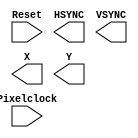
`timescale 1ns / 1ps
//////////////////////////////////////////////////////////////////////////////////
// Company: University of Patras
// 
// Module Name:    SYNC_Provider 
// Project Name: iTalos
//
//////////////////////////////////////////////////////////////////////////////////
module SYNC_Provider(
    input Pixelclock,
    input Reset,
    output HSYNC,
    output VSYNC,
    output reg [9:0] X,
    output reg [8:0] Y
    );
	 
	 parameter HorizontalFrontPorch = 16; 
	 parameter HSYNCPulse = 96; 
	 parameter HorizontalBackPorch = 48; 
	 parameter VisiblePixels = 640;
	 
	 parameter VerticalFrontPorch = 12; 
	 parameter VSYNCPulse = 2; 
	 parameter VerticalBackPorch = 35; 
	 parameter VisibleRows = 400;


endmodule